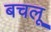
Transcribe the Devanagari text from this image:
बचलू